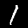
Label: 1